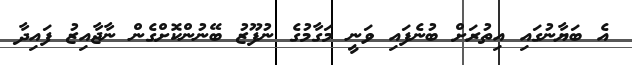
އެ ބަޔާނުގައި އިތުރަށް ބުނެފައި ވަނީ މަގާމުގެ ނުފޫޒު ބޭނުންކޮށްގެން ނާޖާއިޒު ފައިދާ